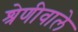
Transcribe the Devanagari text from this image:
श्रेणीवाले